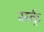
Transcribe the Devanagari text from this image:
मर्क्